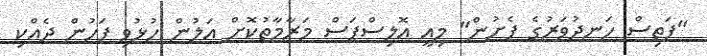
"ފަތިސް ހަނދުވަރުގެ ފެށުން" މިއީ އޮލިސްޕަސް މަރާމާތުކޮށް އަލުން ހުޅުވި ފަހުން ދެއްކި